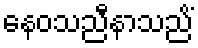
နေဝသညီနာသညိံ